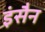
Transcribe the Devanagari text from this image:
इंसैन